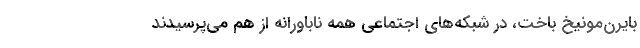
بایرن‌مونیخ باخت، در شبکه‌های اجتماعی همه ناباورانه از هم می‌پرسیدند